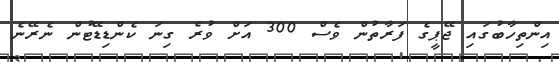
އިންތިހާބުގައި ޖޭޕީގެ ފަރާތުން ވެސް 300 އަށް ވުރެ ގިނަ ކެންޑިޑޭޓުން ނެރޭނެ